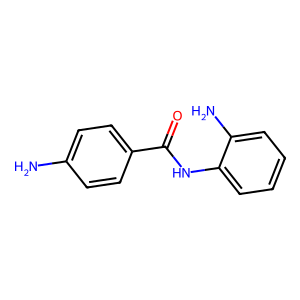
SMILES: Nc1ccc(C(=O)Nc2ccccc2N)cc1
Inhibits HIV replication: No